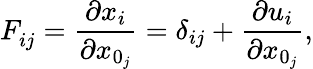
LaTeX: F_{ij}^{\phantom{}}=\frac{\partial x_{i}}{\partial{x}_{0_{j}}}=\delta_{ij}+\frac{\partial u_{i}}{\partial{x}_{0_{j}}},